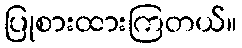
ပြုစားထားကြတယ်။